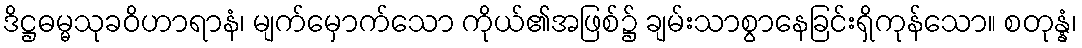
ဒိဋ္ဌဓမ္မသုခဝိဟာရာနံ၊ မျက်မှောက်သော ကိုယ်၏အဖြစ်၌ ချမ်းသာစွာနေခြင်းရှိကုန်သော။ စတုန္နံ၊